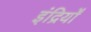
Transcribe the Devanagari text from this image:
इंद्रियोँ